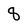
Character: 8